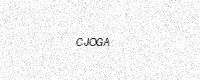
Text: CJOGA